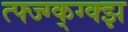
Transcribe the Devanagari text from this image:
त्फ्ज्ग्क्ग्क्झ